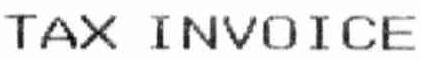
TAX INVOICE